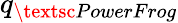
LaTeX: q_{\textsc{PowerFrog}}